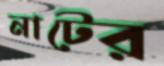
নাটের